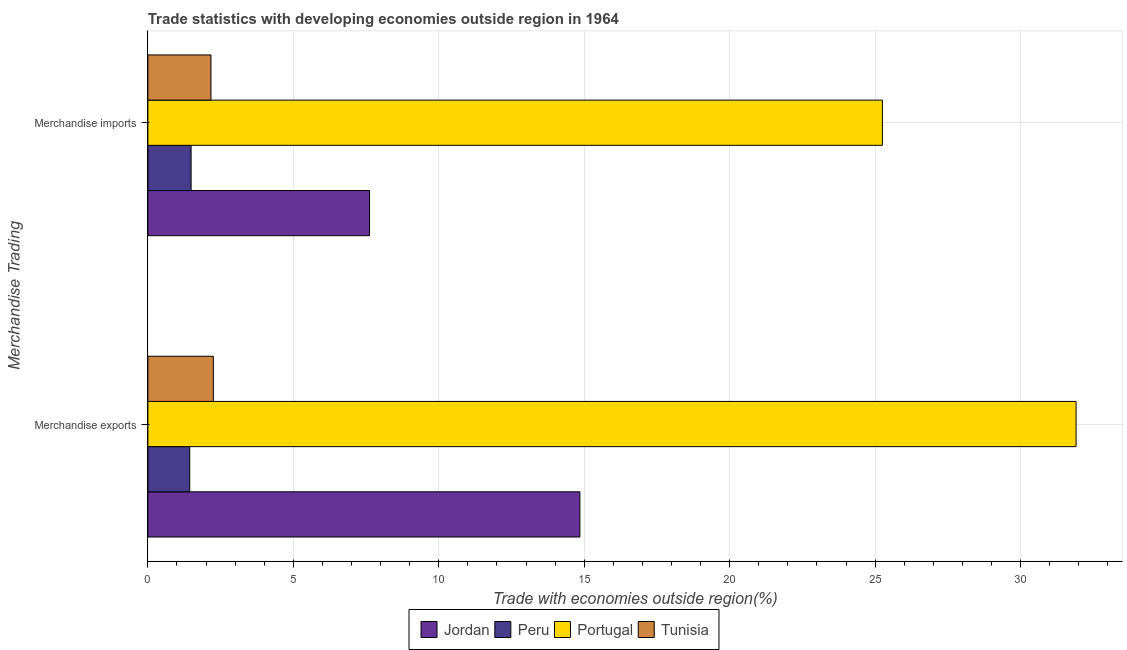
| Merchandise Trading | Jordan | Peru | Portugal | Tunisia |
 | --- | --- | --- | --- | --- |
 | Merchandise exports | 14.9 | 1.44 | 31.9 | 2.25 |
 | Merchandise imports | 7.62 | 1.49 | 25.3 | 2.17 |